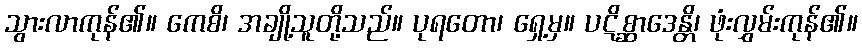
သွားလာကုန်၏။ ကေစိ၊ အချို့သူတို့သည်။ ပုရတော၊ ရှေ့မှ။ ပဋိစ္ဆာဒေန္တိ၊ ဖုံးလွှမ်းကုန်၏။